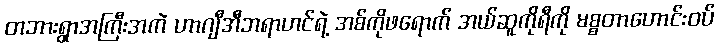
တဘားရွာအကြီးအကဲ ဟာဂျီအီဘရာဟင်ရဲ့ အစ်ကိုဖရောက် အယ်ဆူကိုရီကို မစ္စတာဟောင်းဝပ်